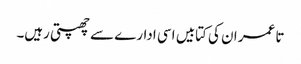
تا عمر ان کی کتابیں اسی ادارے سے چھپتی رہیں۔